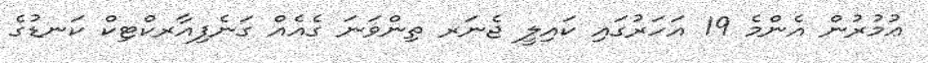
ޢުމުރުން އެންމެ 19 އަހަރުގައި ކައިލީ ޖެނަރ ތިންވަނަ ގެއެއް ގަނެފިއާރކްޓިކް ކަނޑުގެ